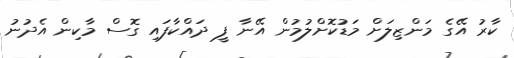
ކާރު އޭގެ މަންޒިލަށް މަޑުކޮށްލުމުން އޭނާ ފީ ދައްކާފައި ގޮސް މާކިން އެދުނު